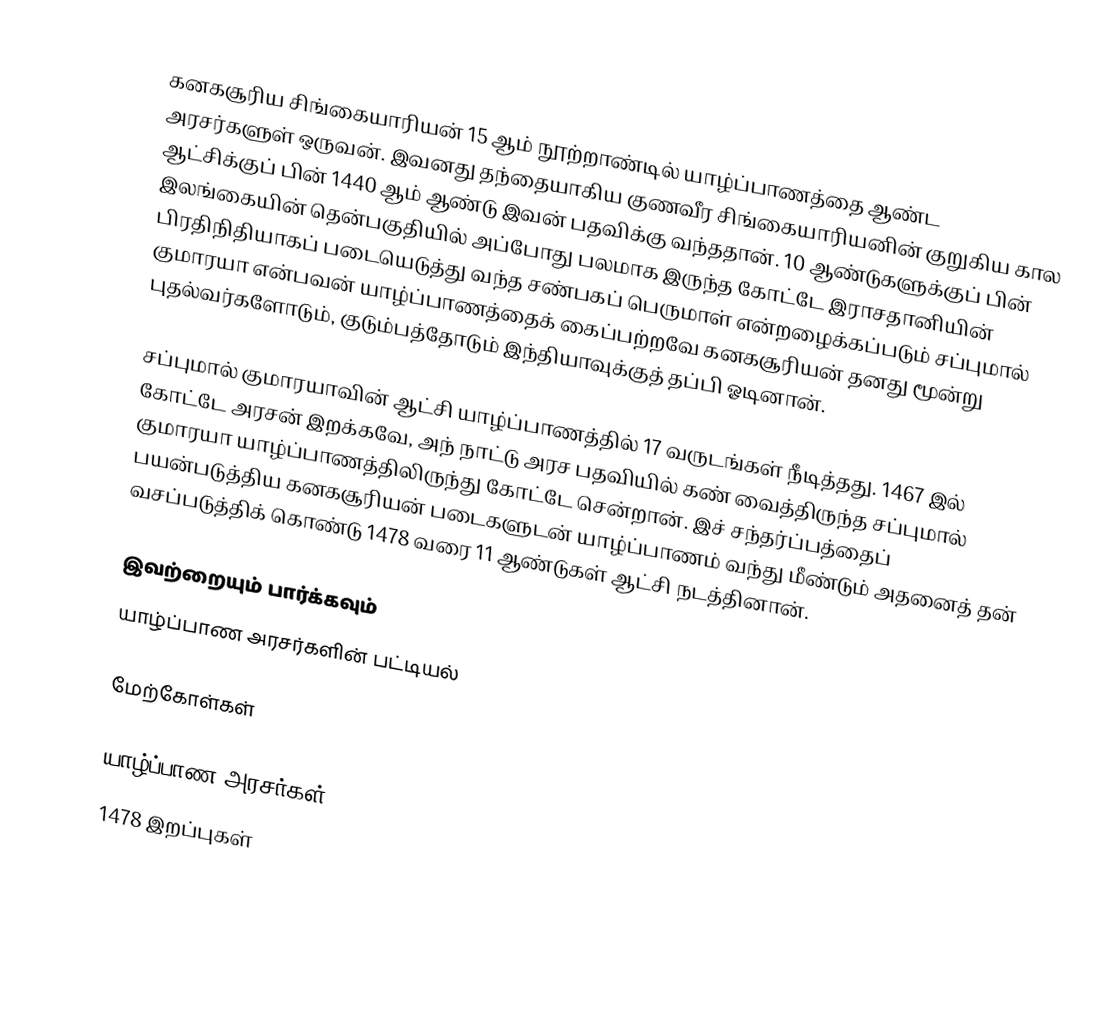
கனகசூரிய சிங்கையாரியன் 15 ஆம் நூற்றாண்டில் யாழ்ப்பாணத்தை ஆண்ட அரசர்களுள் ஒருவன். இவனது தந்தையாகிய குணவீர சிங்கையாரியனின் குறுகிய கால ஆட்சிக்குப் பின் 1440 ஆம் ஆண்டு இவன் பதவிக்கு வந்ததான். 10 ஆண்டுகளுக்குப் பின் இலங்கையின் தென்பகுதியில் அப்போது பலமாக இருந்த கோட்டே இராசதானியின் பிரதிநிதியாகப் படையெடுத்து வந்த சண்பகப் பெருமாள் என்றழைக்கப்படும் சப்புமால் குமாரயா என்பவன் யாழ்ப்பாணத்தைக் கைப்பற்றவே கனகசூரியன் தனது மூன்று புதல்வர்களோடும், குடும்பத்தோடும் இந்தியாவுக்குத் தப்பி ஓடினான்.

சப்புமால் குமாரயாவின் ஆட்சி யாழ்ப்பாணத்தில் 17 வருடங்கள் நீடித்தது. 1467 இல் கோட்டே அரசன் இறக்கவே, அந் நாட்டு அரச பதவியில் கண் வைத்திருந்த சப்புமால் குமாரயா யாழ்ப்பாணத்திலிருந்து கோட்டே சென்றான். இச் சந்தர்ப்பத்தைப் பயன்படுத்திய கனகசூரியன் படைகளுடன் யாழ்ப்பாணம் வந்து மீண்டும் அதனைத் தன் வசப்படுத்திக் கொண்டு 1478 வரை 11 ஆண்டுகள் ஆட்சி நடத்தினான்.

இவற்றையும் பார்க்கவும்
 யாழ்ப்பாண அரசர்களின் பட்டியல்

மேற்கோள்கள்

யாழ்ப்பாண அரசர்கள்
1478 இறப்புகள்